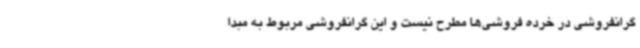
گرانفروشی در خرده فروشی‌ها مطرح نیست و این گرانفروشی مربوط به مبدا